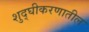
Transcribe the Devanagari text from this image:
शुद्घीकरणातील